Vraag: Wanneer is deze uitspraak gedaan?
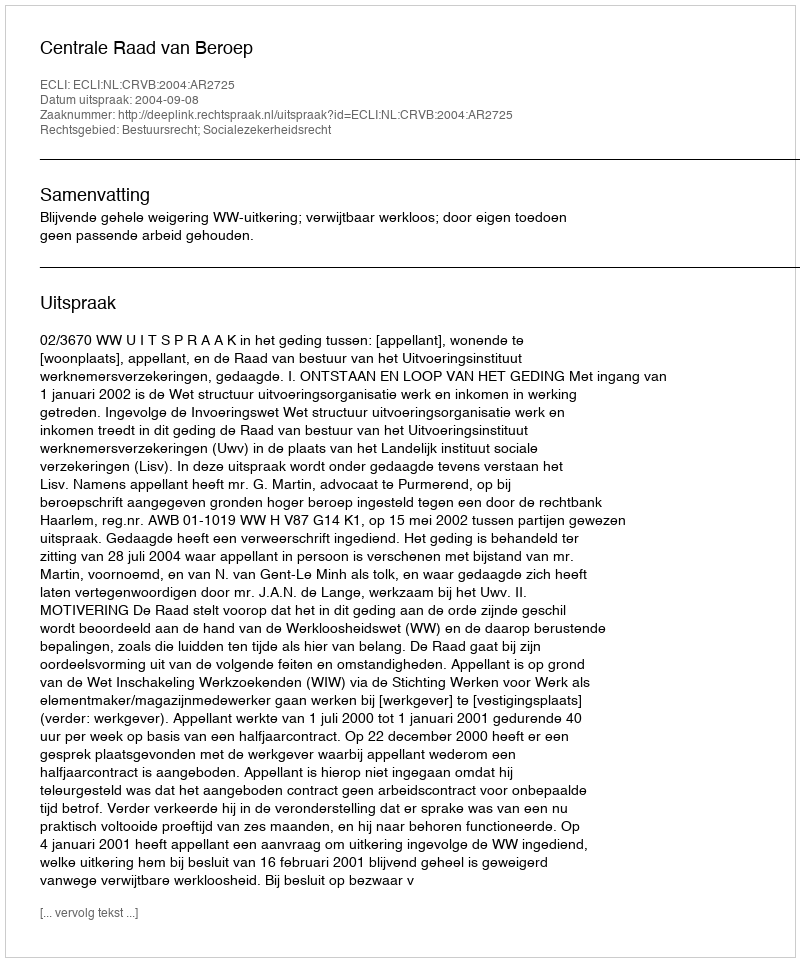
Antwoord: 2004-09-08